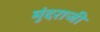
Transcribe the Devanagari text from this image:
मुंदराजी